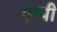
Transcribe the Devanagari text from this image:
एम्पी